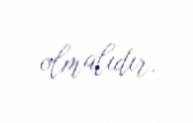
olmalıdır.